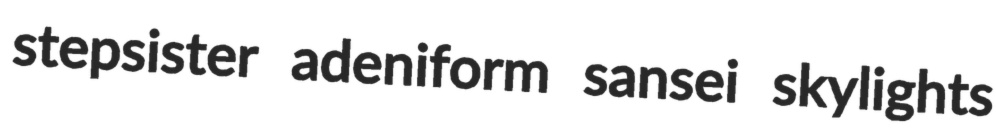
stepsister adeniform sansei skylights